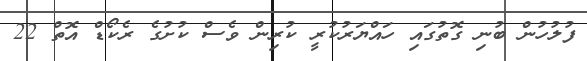
ފުލުހުން ބުނި ގޮތުގައި ހައްޔަރުކުރީ ކުރިން ވެސް ކުށުގެ ރެކޯޑް އޮތް 22